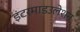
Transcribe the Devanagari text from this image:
इंटरमाडउलेशन